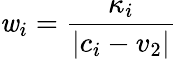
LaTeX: \mathit{w}_{i}=\frac{{\kappa_{i}}}{{|c_{i}-v_{2}|}}